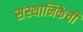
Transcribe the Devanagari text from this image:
संस्थानिकेची